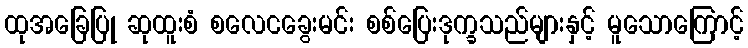
ထုအခြေပြု ဆုထူးစံ စလေငခွေးမင်း စစ်ပြေးဒုက္ခသည်များနှင့် မူသောကြောင့်